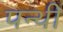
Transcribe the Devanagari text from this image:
पन्थी